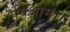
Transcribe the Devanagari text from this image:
विश्राम।।